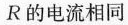
R的电流相同